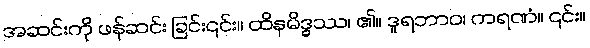
အဆင်းကို ဖန်ဆင်း ခြင်း၎င်း။ ထိနမိဒ္ဓဿ၊ ၏။ ဒူရဘာဝ၊ ကရဏံ။ ၎င်း။